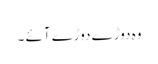
وہ دوڑے دوڑے آئے ۔